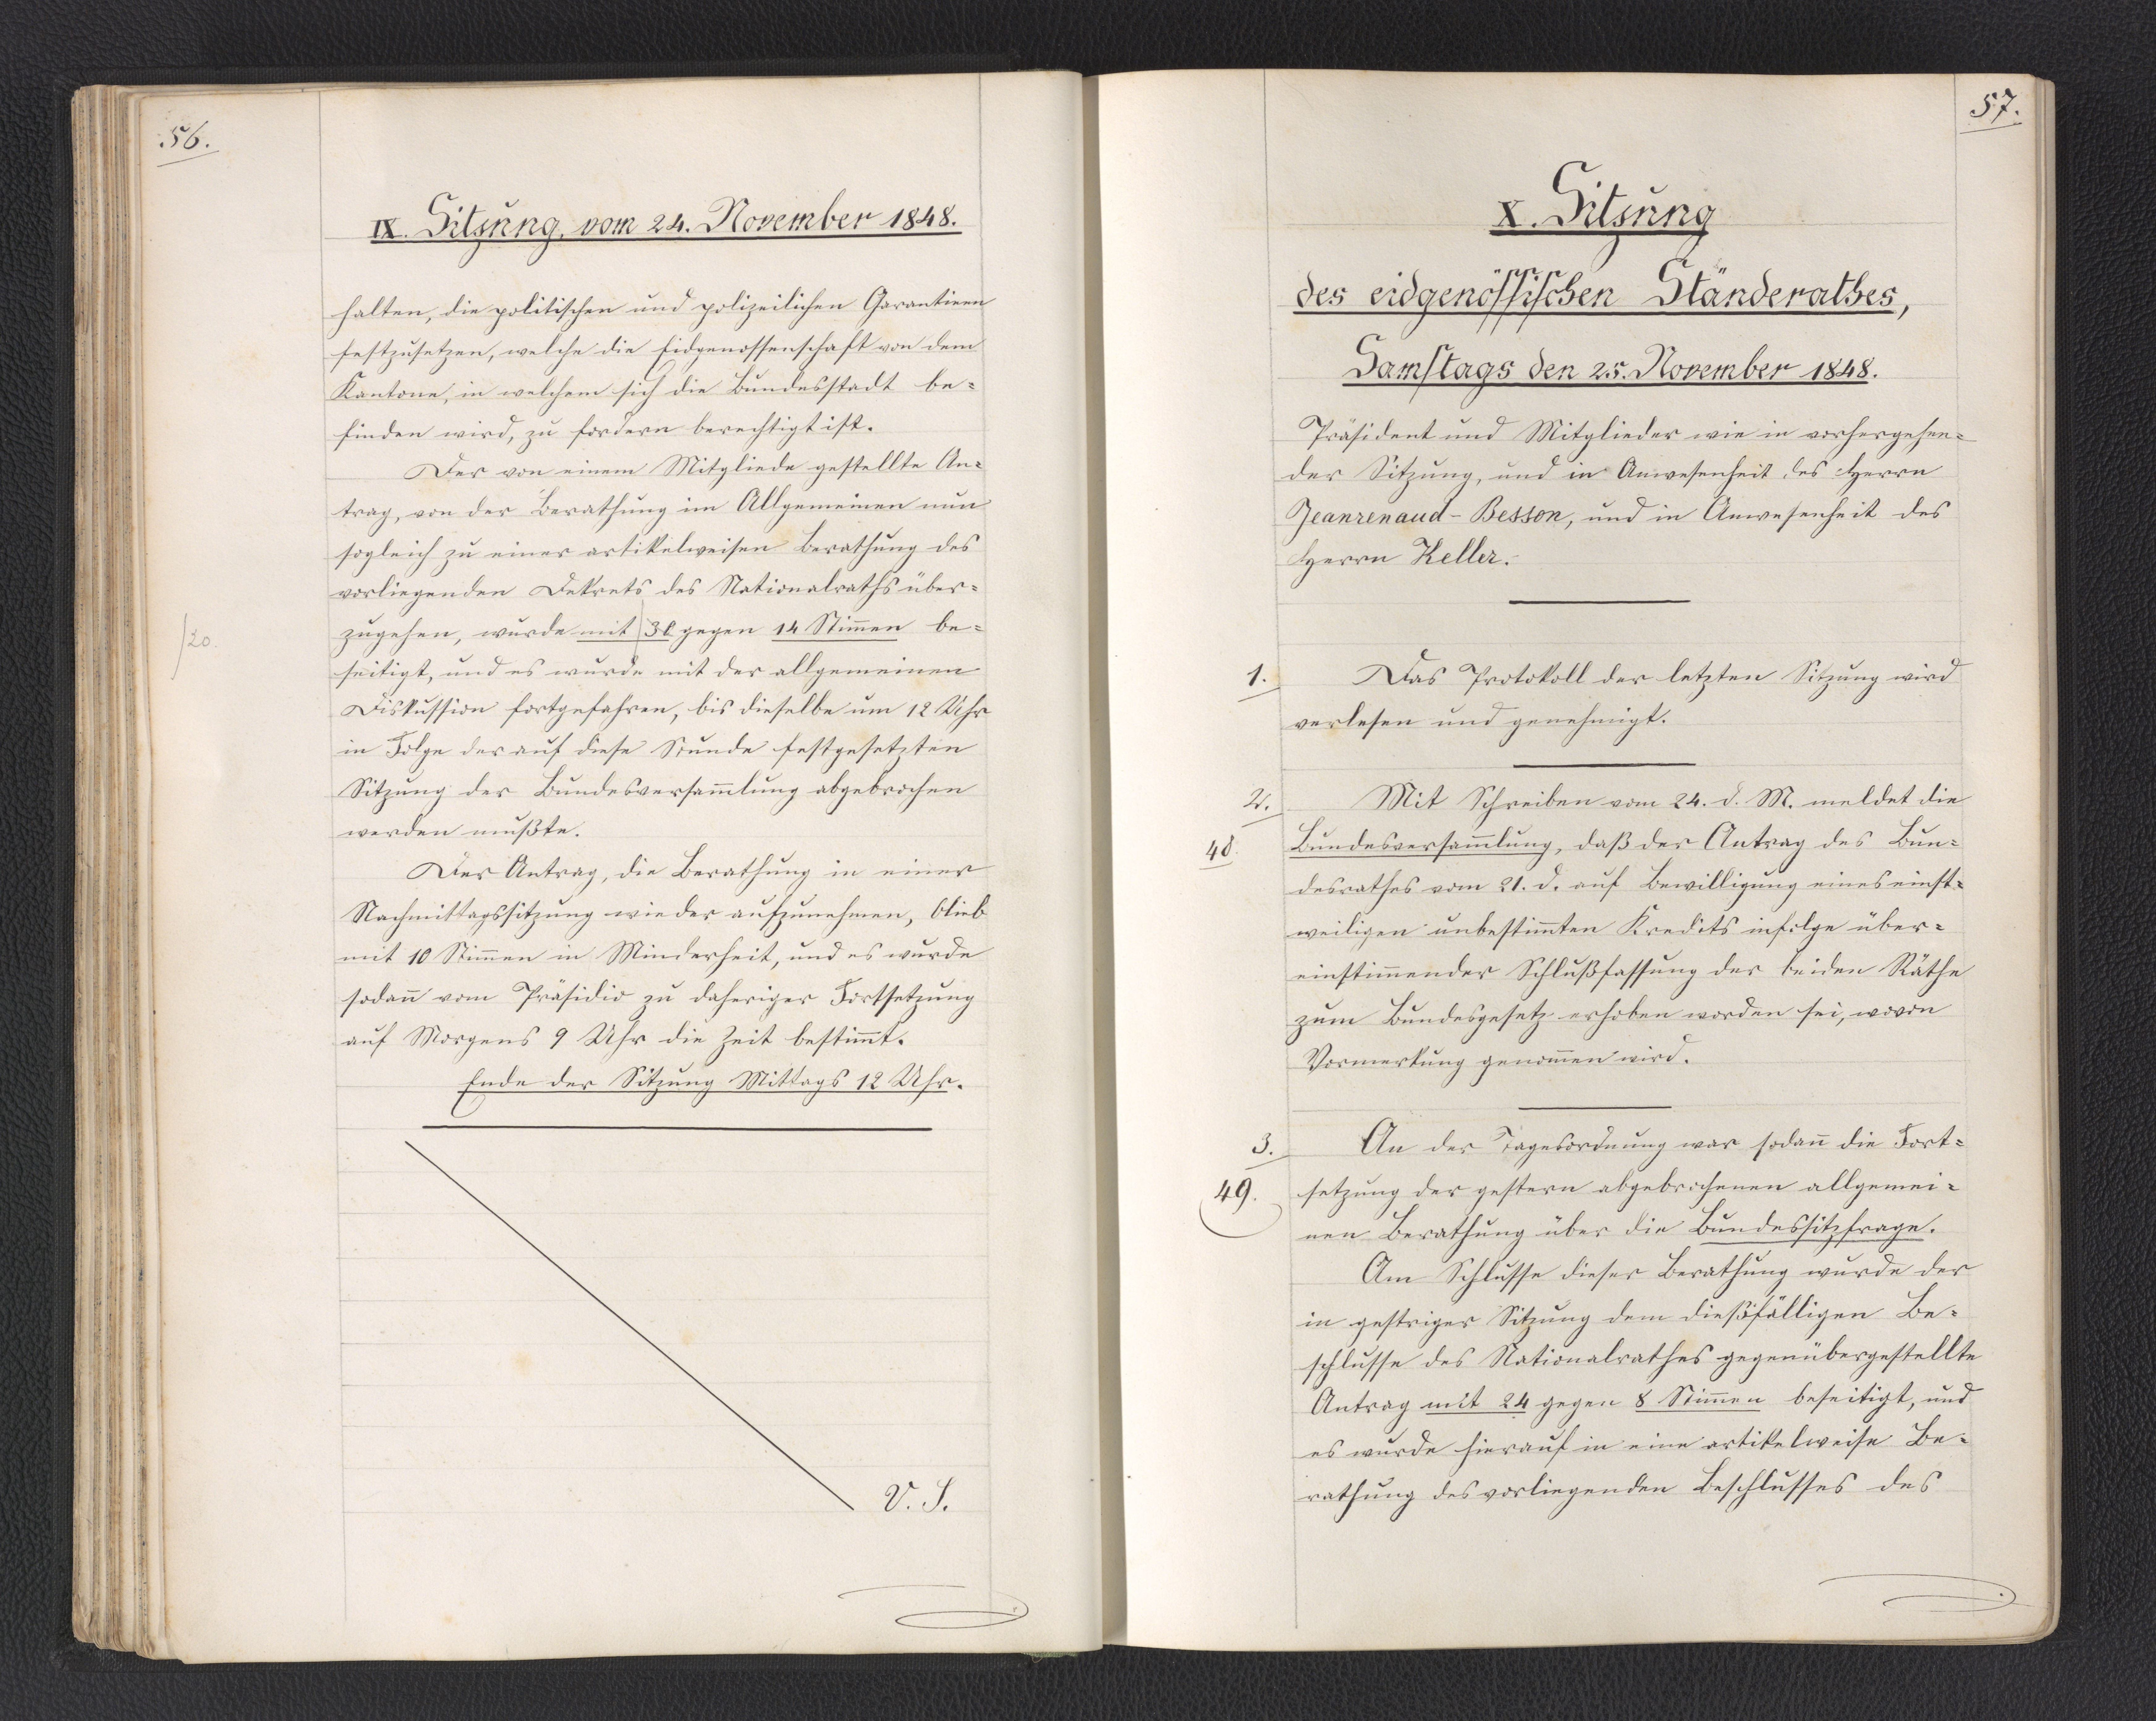
56.

IX. Sitzung, vom 24. November 1848.

halten, die politischen und polizeilichen Garantieen
festzusetzen, welche die Eidgenossenschaft von dem
Kantone, in welchem sich die Bundesstadt be¬
finden wird, zu fordern berechtigt ist.
Der von einem Mitgliede gestellte An¬
trag, von der Berathung im Allgemeinen nun
sogleich zu einer artikelweisen Berathung des
vorliegenden Dekrets des Nationalraths über¬
zugehen, wurde mit 30 gegen 14 Stimmen be¬
seitigt, und es wurde mit der allgemeinen
Diskussion fortgefahren, bis dieselbe um 12 Uhr
in Folge der auf diese Stunde festgesetzten
Sitzung der Bundesversammlung abgebrochen
werden mußte.
Der Antrag, die Berathung in einer
Nachmittagssitzung wieder aufzunehmen, blieb
mit 10 Stimmen in Minderheit, und es wurde
sodann vom Präsidio zu daheriger Fortsetzung
auf Morgens 9 Uhr die Zeit bestimmt.
Ende der Sitzung Mittags 12 Uhr.

V. S.